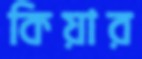
কিয়ার